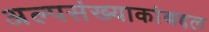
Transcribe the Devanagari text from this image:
अल्पसंख्याकांबद्दल